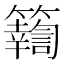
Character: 𥷚